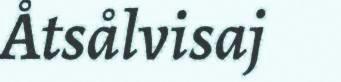
Åtsålvisaj